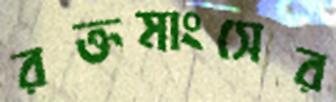
রক্তমাংসের